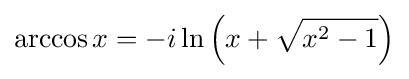
\arccos x=-i\ln \left(x+{\sqrt {x^{2}-1}}\right)